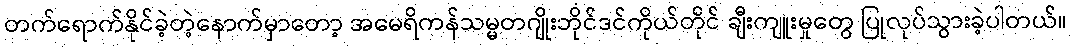
တက်ရောက်နိုင်ခဲ့တဲ့နောက်မှာတော့ အမေရိကန်သမ္မတဂျိုးဘိုင်ဒင်ကိုယ်တိုင် ချီးကျူးမှုတွေ ပြုလုပ်သွားခဲ့ပါတယ်။